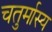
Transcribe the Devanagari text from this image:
चतुर्मास्य